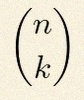
\binom{n}{k}